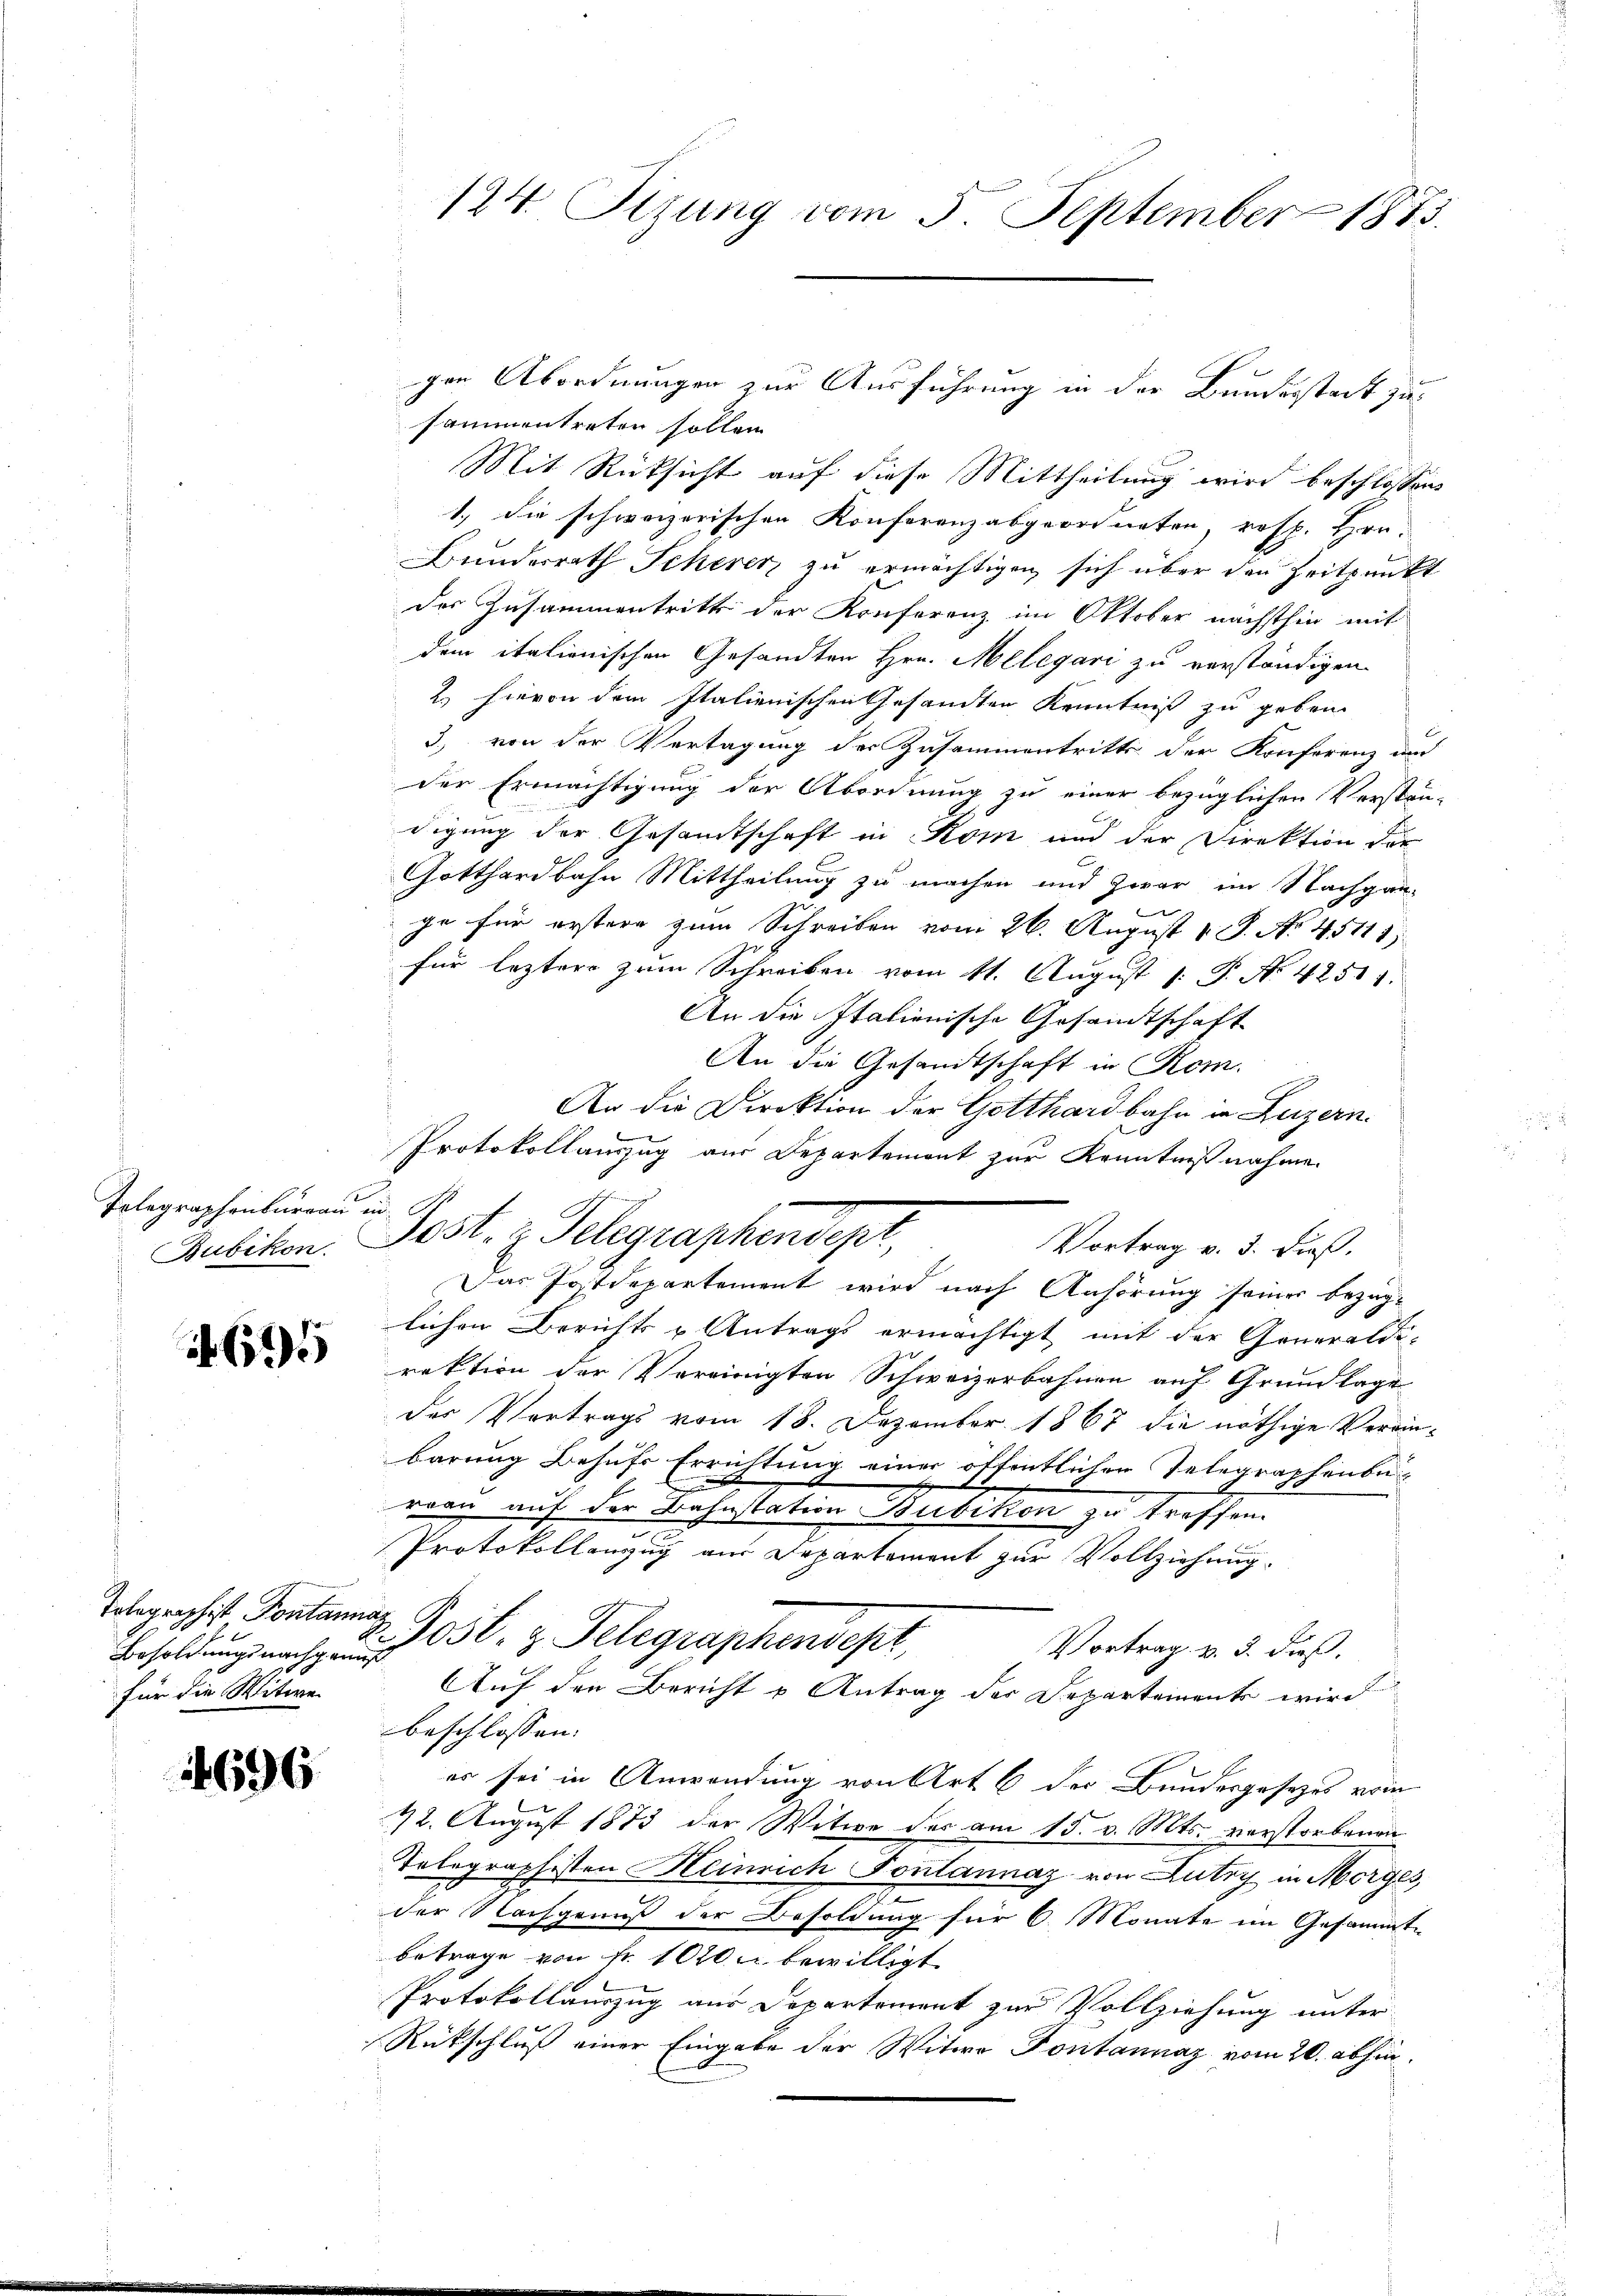
Telegraphenburgau in

695

Totographist Pontannaz
für die Witwe

4696

sammentreten sollen.
Mit Rücksicht auf diese Mittheilung wird beschlossens
1.) die schweizerischen Konferenzabgeordneten, resp. Hrn.
Bunderrath Scherer zu ermächtigen, sich über den Zeitpunkt
des Zusammentritt der Konferenz im Oktober nächsthin mit
dem italienischen Gesandten Hrn. Melegari zu verständigen.
2.) Hievon dem Italienischen Gesandten Kenntniß zu geben
3) von der Vertagung des Zusammentritts der Konferenz un
der Ermächtigung der Abordnung zu einer bezüglichen Verstän-
digung der Gesandtschaft in Rom und der Direktion der
Gotthardbahn Mittheilung zu machen und zwar im Nachgange für erstere zum Schreiben vom 26. August 1. No. 45111.
für leztere zum Schreiben vom 11. August 1. P. No. 42511.
An die Italienische Gesandtschaft
An die Gesandtschaft in Rom.
An die Direktion der Gotthardbahn in Luzern.
Protokollauszug aus Departement zur Kenntnißnahme.
Rubikon. Jost, z. Telegraphendept,
Vortrag v. 5. dieß.
Das Postdepartement wird nach Anhörung seiner bezüglichen Berichts & Antrags ermächtigt mit der Generaldi-
rektion der Vereinigten Schweizerbahnen auf Grundlage
der Vortrags vom 18. Dezember 1867 die nöthige Vereinbarung Behufs Errichtung einer öffentlichen Telegraphenbe-

reau auf der Bahnstation Bubikon zu treffen.
.
Protokollanzug aus Departement zur Vollziehung.
Besoldŭng nach 3 l. z. Telegraphendept,
Vortrag v. 3. dieß.
Auf den Bericht u Antrag der Departements wird
beschlossen:
er sei in Anwendung von Art 6 der Bundesgesetzes vom
22. August 1873 der Witwe des am 15. v. Mts. verstorbenen
Telegraphisten Heinrich Fontannaz von Lutry in Morges,
der Nachgenuß der Besoldung für 6 Monate im Gesammte
betrage von fr. 1020 bewilligt
Protokollauszug aus Departement zur Vollziehung unter
Rütschluß einer Eingabe der Witwe Pontannaz vom 20. abhin

124. Tizung vom 5. September 1873.

gen Abordnungen zur Ausführung in der Bundesstadt zu¬